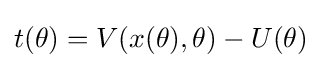
t(\theta )=V(x(\theta ),\theta )-U(\theta )